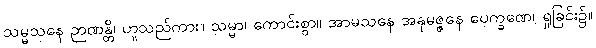
သမ္မသနေ ဉာဏန္တိ၊ ဟူသည်ကား။ သမ္မာ၊ ကောင်းစွာ။ အာမသနေ အနုမဇ္ဇနေ ပေက္ခဏေ၊ ရှုခြင်း၌။